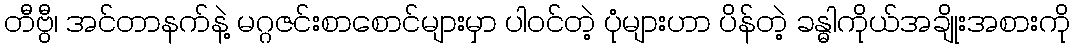
တီဗွီ၊ အင်တာနက်နဲ့ မဂ္ဂဇင်းစာစောင်များမှာ ပါဝင်တဲ့ ပုံများဟာ ပိန်တဲ့ ခန္ဓါကိုယ်အချိုးအစားကို